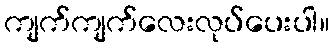
ကျက်ကျက်လေးလုပ်ပေးပါ။